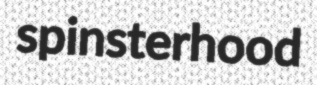
spinsterhood